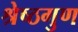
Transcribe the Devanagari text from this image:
श्रेष्ठगुण